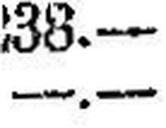
—.—